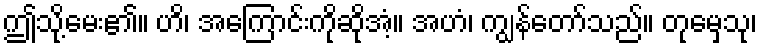
ဤသို့မေး၏။ ဟိ၊ အကြောင်းကိုဆိုအံ့။ အဟံ၊ ကျွန်တော်သည်။ တုမှေသု၊